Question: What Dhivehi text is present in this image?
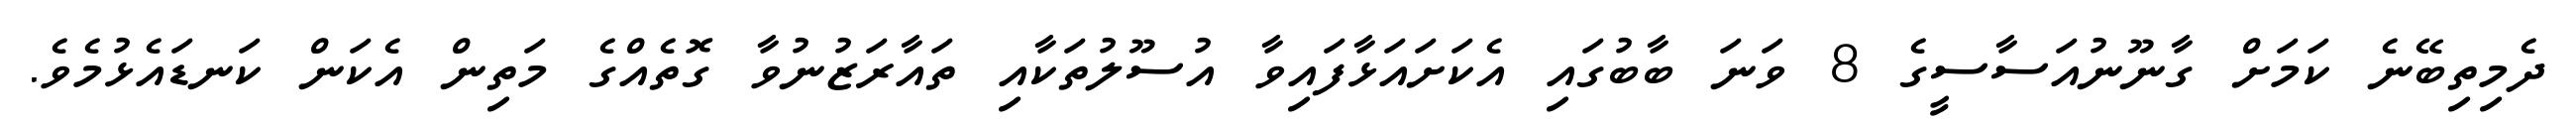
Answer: ދެމިތިބޭނެ ކަމަށް ގާނޫނުއަސާސީގެ 8 ވަނަ ބާބުގައި އެކަށައަޅާފައިވާ އުސޫލުތަކާއި ތައާރަޒުނުވާ ގޮތެއްގެ މަތިން އެކަން ކަނޑައެޅުމެވެ.